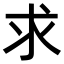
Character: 求